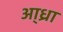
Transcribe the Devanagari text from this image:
आ्ध्रा